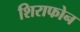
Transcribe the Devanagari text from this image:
शिराफोन